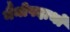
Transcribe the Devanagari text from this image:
नैनोपदार्थों